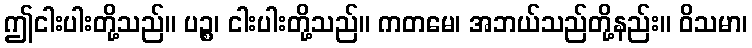
ဤငါးပါးတို့သည်။ ပဉ္စ၊ ငါးပါးတို့သည်။ ကတမေ၊ အဘယ်သည်တို့နည်း။ ဝိသမာ၊